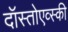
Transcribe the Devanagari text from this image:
दॉस्तोएव्स्की